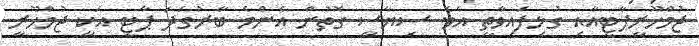
ޖުމްހޫރީޕާޓީއާއި ގުޅިފައިވާތީ އެވެ. ސިޔާސީ ގޮތުން އެންމެ ބާރުގަދަ ޕާޓީ އަކީ ޖުމްހޫރީ